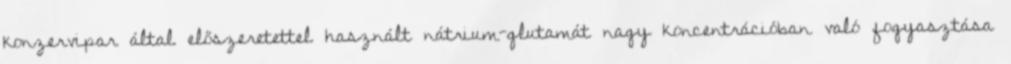
konzervipar által előszeretettel használt nátrium-glutamát nagy koncentrációban való fogyasztása